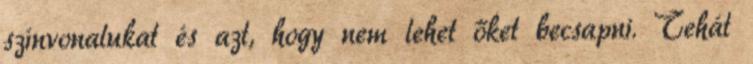
színvonalukat és azt, hogy nem lehet őket becsapni. Tehát